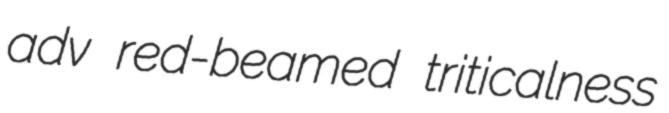
adv red-beamed triticalness